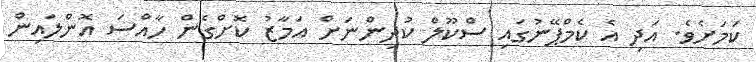
ކަމަށެވެ. އަދި އެ ކެމްޕޭނުގައި ސްކޫލް ކުދިންނަށް އަމާޒު ކޮށްގެން ހާއްސަ އޮންލައިން